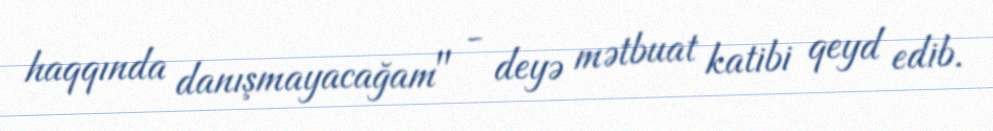
haqqında danışmayacağam" - deyə mətbuat katibi qeyd edib.